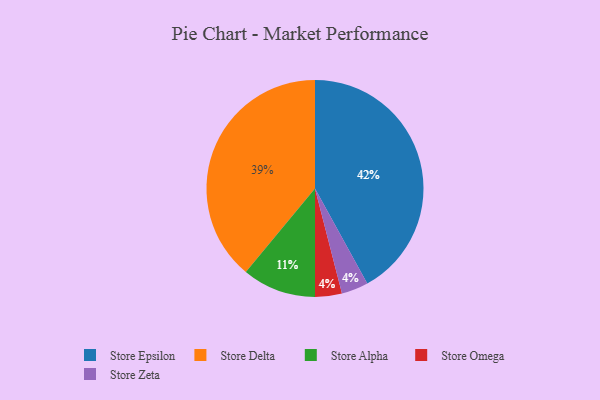
{"axis": {"x": "Category", "y": "Percentage"}, "legend": ["Store Alpha", "Store Delta", "Store Epsilon", "Store Omega", "Store Zeta"], "data": [{"x": "Store Alpha", "y": 11, "type": "Store Alpha"}, {"x": "Store Omega", "y": 4, "type": "Store Omega"}, {"x": "Store Delta", "y": 39, "type": "Store Delta"}, {"x": "Store Epsilon", "y": 42, "type": "Store Epsilon"}, {"x": "Store Zeta", "y": 4, "type": "Store Zeta"}]}